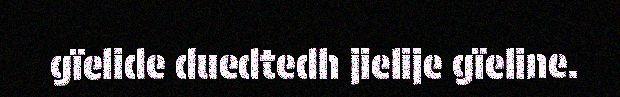
gïelide duedtedh jielije gïeline.